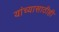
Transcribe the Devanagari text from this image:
यांच्यासाठीही